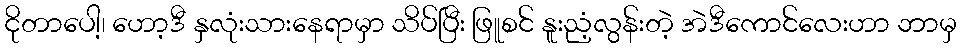
ငိုတာပေါ့၊ ဟော့ဒီ နှလုံးသားနေရာမှာ သိပ်ပြီး ဖြူစင် နူးညံ့လွန်းတဲ့ အဲဒီကောင်လေးဟာ ဘာမှ